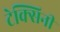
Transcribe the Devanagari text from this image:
टेक्सिनी